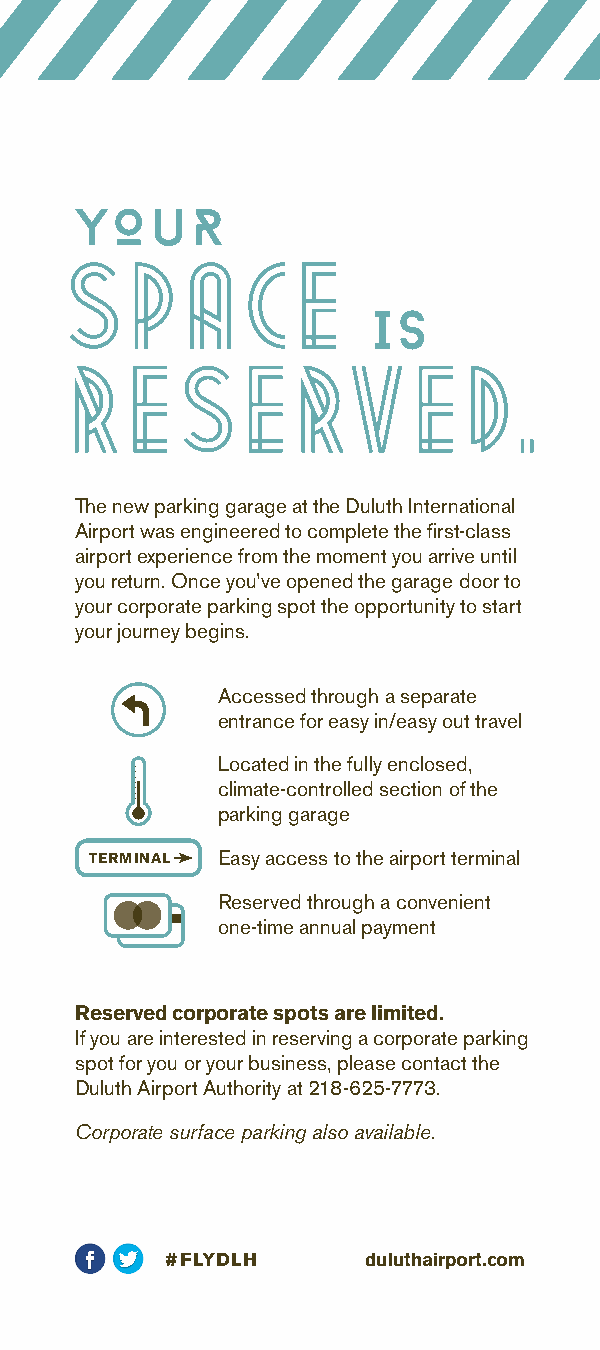
YOuR
 S   PACE
 IS
 R   E   S  ERV         ED.
 The new parking garage at the Duluth International
 Airport was engineered to complete the first-class
 airport experience from the moment you arrive until
 you return. Once you’ve opened the garage door to
 your corporate parking spot the opportunity to start
 your journey begins.
 Accessed through a separate
 entrance for easy in/easy out travel
 Located in the fully enclosed,
 climate-controlled section of the
 parking garage
 TERMINAL Easy access to the airport terminal
 Reserved through a convenient
 one-time annual payment
 Reserved corporate spots are limited.
 If you are interested in reserving a corporate parking
 spot for you or your business, please contact the
 Duluth Airport Authority at 218-625-7773.
 Corporate surface parking also available.
 #FLYDLH      duluthairport.com